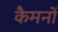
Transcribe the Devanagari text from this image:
कैमनों